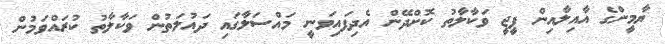
ޔާމީންގެ އާއިލާއިން ޕީޖީ ވަކާލާތު ކޮށްދޭން އެދިފައިވަނީ މައްސަލާގައި ދައުލަތުން ވަކާލާތު ކުރައްވަމުން